Report of the Municipal Commissioner on the plague in Bombay for the year ending 31st May... - Volume 1
Disease focus: Plague
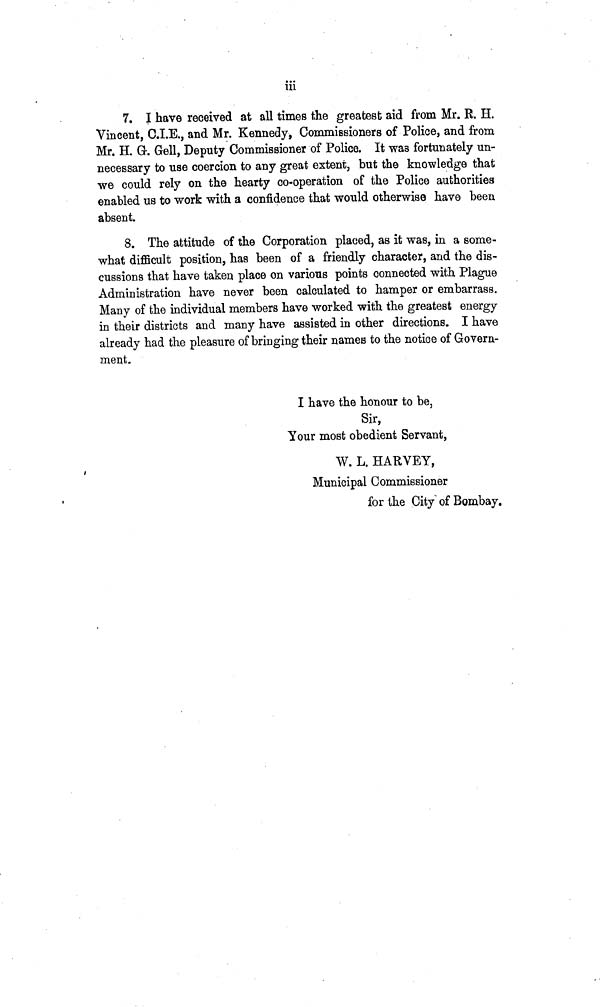
iii
7. I have received at all times the greatest aid from Mr. R. H.
Vincent, C.I.E., and Mr. Kennedy, Commissioners of Police, and from
Mr. H. G·. Gell, Deputy Commissioner of Police. It was fortunately un-
necessary to use coercion to any great extent, but the knowledge that
we could rely on the hearty co-operation of the Police authorities
enabled us to work with a confidence that would otherwise have been
absent.
8. The attitude of the Corporation placed, as it was, in a some-
what difficult position, has been of a friendly character, and the dis-
cussions that have taken place on various points connected with Plague
Administration have never been calculated to hamper or embarrass.
Many of the individual members have worked with the greatest energy
in their districts and many have assisted in other directions. I have
already had the pleasure of bringing their names to the notice of Govern-
ment.
I have the honour to be,
Sir,
Your most obedient Servant,
W. L. HARVEY,
Municipal Commissioner
for the City of Bombay.